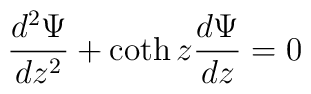
\frac{d^2 \Psi}{d z^2} + \coth z \frac{d \Psi}{d z} = 0